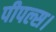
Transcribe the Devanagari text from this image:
पीपल्स।